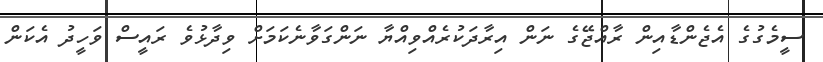
ސީމެގުގެ އެޖެންޑާއިން ރާއްޖޭގެ ނަން އިރާދަކުރެއްވިއްޔާ ނަންގަވާނެކަމަށް ވިދާޅުވެ ރައީސް ވަހީދު އެކަން